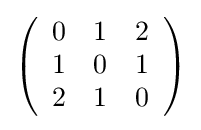
{\textstyle \left({\begin{array}{rrr}0&1&2\\1&0&1\\2&1&0\\\end{array}}\right)}